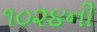
૧૦૨૪ની